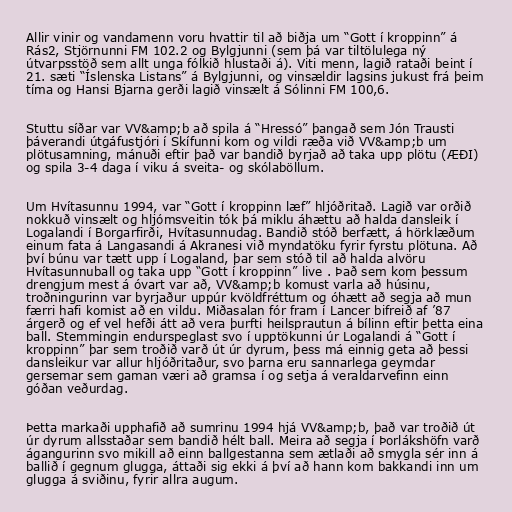
Allir vinir og vandamenn voru hvattir til að biðja um “Gott í kroppinn” á
Rás2, Stjörnunni FM 102.2 og Bylgjunni (sem þá var tiltölulega ný
útvarpsstöð sem allt unga fólkið hlustaði á). Viti menn, lagið rataði beint í
21. sæti “Íslenska Listans” á Bylgjunni, og vinsældir lagsins jukust frá þeim
tíma og Hansi Bjarna gerði lagið vinsælt á Sólinni FM 100,6.

Stuttu síðar var VV&amp;b að spila á “Hressó” þangað sem Jón Trausti
þáverandi útgáfustjóri í Skífunni kom og vildi ræða við VV&amp;b um
plötusamning, mánuði eftir það var bandið byrjað að taka upp plötu (ÆÐI)
og spila 3-4 daga í viku á sveita- og skólaböllum.

Um Hvítasunnu 1994, var “Gott í kroppinn læf” hljóðritað. Lagið var orðið
nokkuð vinsælt og hljómsveitin tók þá miklu áhættu að halda dansleik í
Logalandi í Borgarfirði, Hvítasunnudag. Bandið stóð berfætt, á hörklæðum
einum fata á Langasandi á Akranesi við myndatöku fyrir fyrstu plötuna. Að
því búnu var tætt upp í Logaland, þar sem stóð til að halda alvöru
Hvítasunnuball og taka upp “Gott í kroppinn” live . Það sem kom þessum
drengjum mest á óvart var að, VV&amp;b komust varla að húsinu,
troðningurinn var byrjaður uppúr kvöldfréttum og óhætt að segja að mun
færri hafi komist að en vildu. Miðasalan fór fram í Lancer bifreið af ’87
árgerð og ef vel hefði átt að vera þurfti heilsprautun á bílinn eftir þetta eina
ball. Stemmingin endurspeglast svo í upptökunni úr Logalandi á “Gott í
kroppinn” þar sem troðið varð út úr dyrum, þess má einnig geta að þessi
dansleikur var allur hljóðritaður, svo þarna eru sannarlega geymdar
gersemar sem gaman væri að gramsa í og setja á veraldarvefinn einn
góðan veðurdag.

Þetta markaði upphafið að sumrinu 1994 hjá VV&amp;b, það var troðið út
úr dyrum allsstaðar sem bandið hélt ball. Meira að segja í Þorlákshöfn varð
ágangurinn svo mikill að einn ballgestanna sem ætlaði að smygla sér inn á
ballið í gegnum glugga, áttaði sig ekki á því að hann kom bakkandi inn um
glugga á sviðinu, fyrir allra augum.